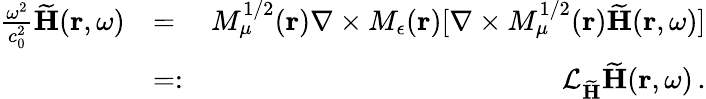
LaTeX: \begin{array}{rlr}{\frac{\omega^{2}}{c_{0}^{2}}\widetilde{\mathbf H}({\mathbf r},\omega)}&{=}&{M_{\mu}^{1/2}({\mathbf r})\nabla\times M_{\epsilon}({\mathbf r})[\nabla\times M_{\mu}^{1/2}({\mathbf r})\widetilde{\mathbf H}({\mathbf r},\omega)]}\\ &{=:}&{{\cal L}_{\widetilde{\mathbf H}}\widetilde{\mathbf H}({\mathbf r},\omega)\, .}\end{array}